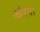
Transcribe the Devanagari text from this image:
औरव।